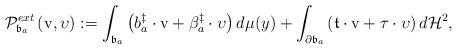
LaTeX: \begin{align*}\mathcal{P}_{\mathfrak{b}_{a}}^{ext}\left( \mathrm{v},\upsilon\right) :=\int_{\mathfrak{b}_{a}}\left( b^{\ddagger }_{a}\cdot \mathrm{v}+\beta ^{\ddagger }_{a}\cdot \upsilon\right) d\mu(y)+\int_{\partial \mathfrak{b}_{a}}\left( \mathfrak{t}\cdot \mathrm{v}+\tau \cdot \upsilon\right) d\mathcal{H}^{2}, \end{align*}